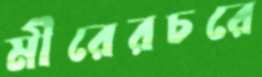
মীরেরচরে